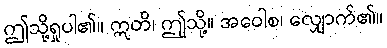
ဤသို့ရှုပါ၏။ ဣတိ၊ ဤုသို့။ အဝေါစ၊ လျှောက်၏။